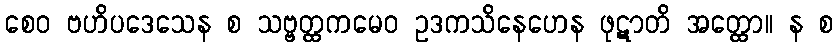
စေဝ ဗဟိပဒေသေန စ သဗ္ဗတ္ထကမေဝ ဥဒကသိနေဟေန ဖုဋာတိ အတ္ထော။ န စ